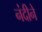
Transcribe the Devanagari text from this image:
नंदीने